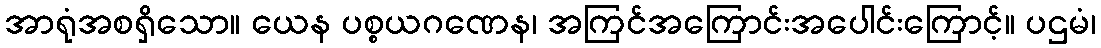
အာရုံအစရှိသော။ ယေန ပစ္စယဂဏေန၊ အကြင်အကြောင်းအပေါင်းကြောင့်။ ပဌမံ၊